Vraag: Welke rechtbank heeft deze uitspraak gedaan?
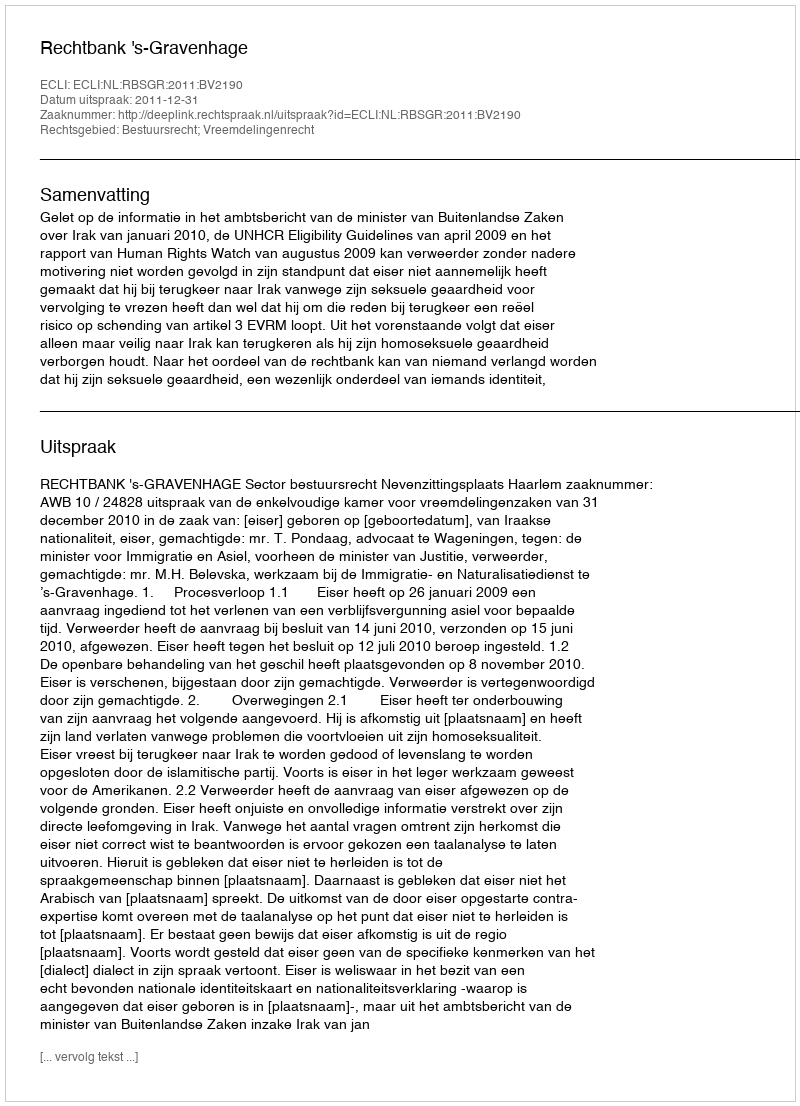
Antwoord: Rechtbank 's-Gravenhage